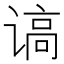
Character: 𰵿